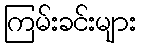
ကြမ်းခင်းများ